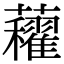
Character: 𧅈